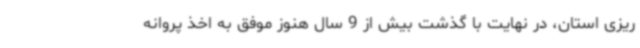
ریزی استان، در نهایت با گذشت بیش از 9 سال هنوز موفق به اخذ پروانه